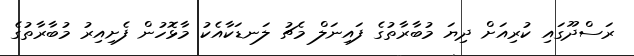
ރަސްދޫގައި ކުރިއަށް ދިޔަ މުބާރާތުގެ ފައިނަލް މެޗު ލަނޑަކާއެކު މާޅޮހުން ފެށިއިރު މުބާރާތުގެ